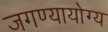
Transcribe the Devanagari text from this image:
जगण्यायोग्य